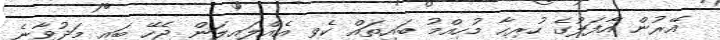
އޭރުން އާފަލުގެ ހުރިހާ މުހިއްމު ބައިތައް ކެވި އެއްލައިލަން ޖެހޭ ބައި މަދުވާނެ